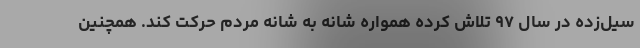
سیل‌زده در سال ۹۷ تلاش کرده همواره شانه به شانه مردم حرکت کند. همچنین